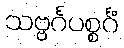
သဗ္ဗင်္ဂပစ္စင်္ဂံ